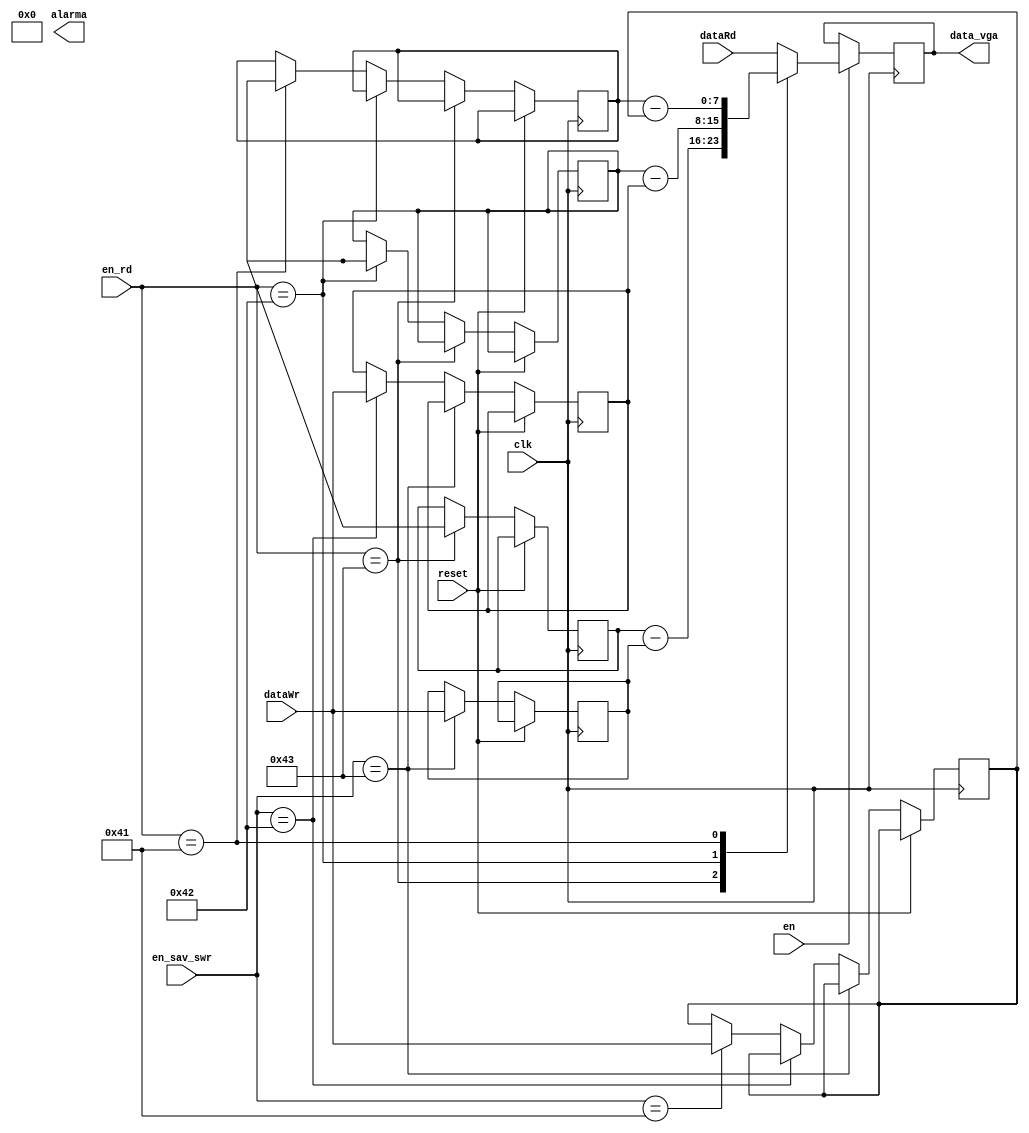
module control_alarma(
input [7:0] en_sav_swr,
input [7:0] dataWr,
input [7:0] dataRd,
input [7:0] en_rd,
input reset,
input clk,
input en,
output reg alarma,
output reg [7:0] data_vga
    );
reg [7:0]seg_timerW;
reg [7:0]min_timerW;
reg [7:0]hour_timerW;

reg [7:0]seg_timerR;
reg [7:0]min_timerR;
reg [7:0]hour_timerR;



////////////////////////captura los datos de escritura y los deja estaticos/////////////////////////
always@(posedge clk) begin
if(reset) begin seg_timer <=0; min_timer<=0; hour_timer <=0;end
else if(en_sav_swr==8'h43) begin hour_timerW<=dataWr;end
else if(en_sav_swr==8'h42) begin min_timerW<=dataWr;end
else if(en_sav_swr==8'h41) begin seg_timerW<=dataWr;end
else begin seg_timerW <=seg_timerW; min_timerW <=min_timerW; hour_timerW <=hour_timerW;end
end
 
 ////////////////////////////////////////////////////////////////////////////////



///////////////registros variables////////////////

always@(posedge clk)begin
if(reset) begin seg_timer <=0; min_timer<=0; hour_timer <=0;end
else if(en_rd==8'h43) begin hour_timerR<=dataRr;end
else if(en_rd==8'h42) begin min_timerR<=dataRr;end
else if(en_rd==8'h41) begin seg_timerR<=dataRr;end
else begin seg_timerR <=seg_timerR; min_timerR <=min_timerR; hour_timerR <=hour_timerR;end
end

always@(posedge clk)begin
	if(en)
	case(en_rd) 
		8'h43: data_vga = hour_timerR - hour_timerW;
				//	if(data_vga<=8'b0)begin alarma<=1'b1;end
		
		
		8'h42: data_vga= min_timerR - min_timerW;
				//if(data_vga<=8'b0)begin alarma<=1'b1;end
		
		8'h41: data_vga= seg_timerR- seg_timerW;
		//		if(data_vga<=8'b0)begin alarma<=1'b1;end
		
		default: data_vga<= dataRd;
		endcase
		
		
end

endmodule